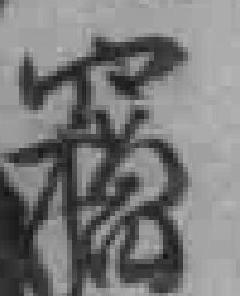
竊